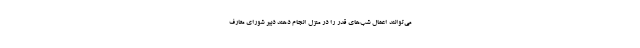
می‌توانند اعمال شب‌های قدر را در منزل انجام دهند دبیر شورای معارف